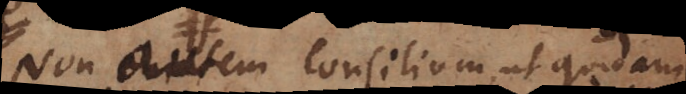
autem consilium, ut quidam